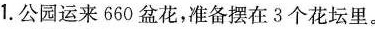
1.公园运来660盆花，准备摆在3个花坛里。